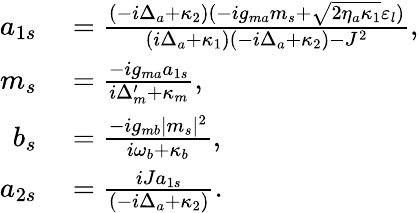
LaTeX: \begin{array}{rl}{a_{1s}}&{{}=\frac{(-i\Delta_{a}+\kappa_{2})(-ig_{ma}m_{s}+\sqrt{2\eta_{a}\kappa_{1}}\varepsilon_{l})}{(i\Delta_{a}+\kappa_{1})(-i\Delta_{a}+\kappa_{2})-J^{2}},}\\ {m_{s}}&{{}=\frac{-ig_{ma}a_{1s}}{i\Delta_{m}^{\prime}+\kappa_{m}},}\\ {b_{s}}&{{}=\frac{-ig_{mb}|m_{s}|^{2}}{i\omega_{b}+\kappa_{b}},}\\ {a_{2s}}&{{}=\frac{iJa_{1s}}{(-i\Delta_{a}+\kappa_{2})}.}\end{array}